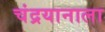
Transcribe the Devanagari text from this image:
चंद्रयानाला